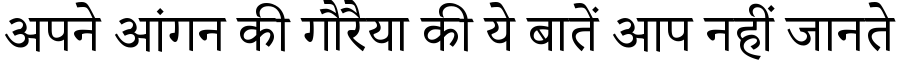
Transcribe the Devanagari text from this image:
अपने आंगन की गौरैया की ये बातें आप नहीं जानते